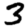
Digit: 3